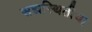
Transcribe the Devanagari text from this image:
सद्यस्थितीचा